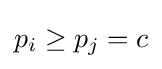
p_{i}\geq p_{j}=c